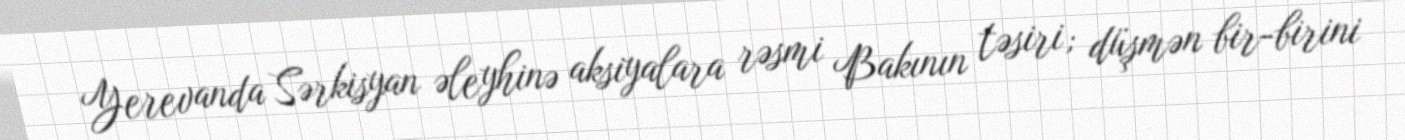
Yerevanda Sərkisyan əleyhinə aksiyalara rəsmi Bakının təsiri; düşmən bir-birini